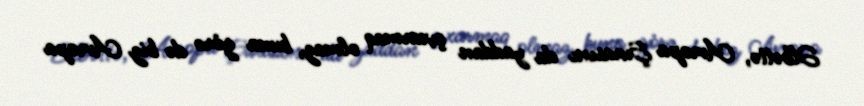
Əlbəttə, Avropa Şurasını da yaddan çıxarmaq olmaz, buna görə də biz Avropa